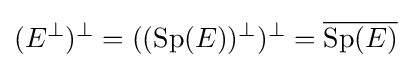
(E^{\perp })^{\perp }=((\operatorname {Sp} (E))^{\perp })^{\perp }={\overline {\operatorname {Sp} (E)}}